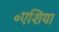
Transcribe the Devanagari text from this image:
॰एशिया